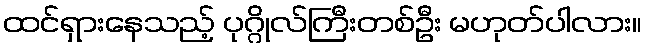
ထင်ရှားနေသည့် ပုဂ္ဂိုလ်ကြီးတစ်ဦး မဟုတ်ပါလား။